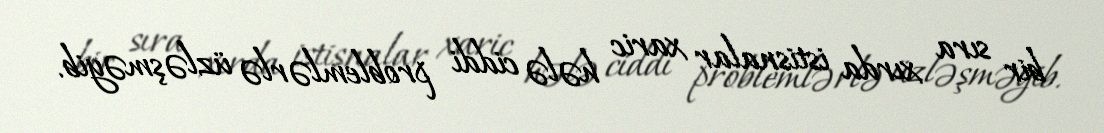
bir sıra xırda istisnalar xaric hələ ciddi problemlərlə üzləşməyib.